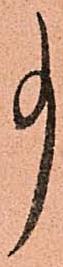
事